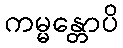
ကမ္မန္တောပိ